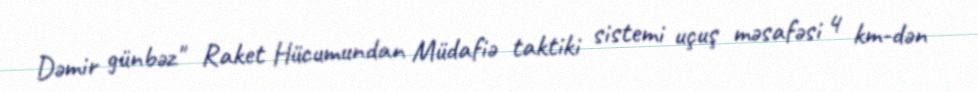
Dəmir günbəz" Raket Hücumundan Müdafiə taktiki sistemi uçuş məsafəsi 4 km-dən